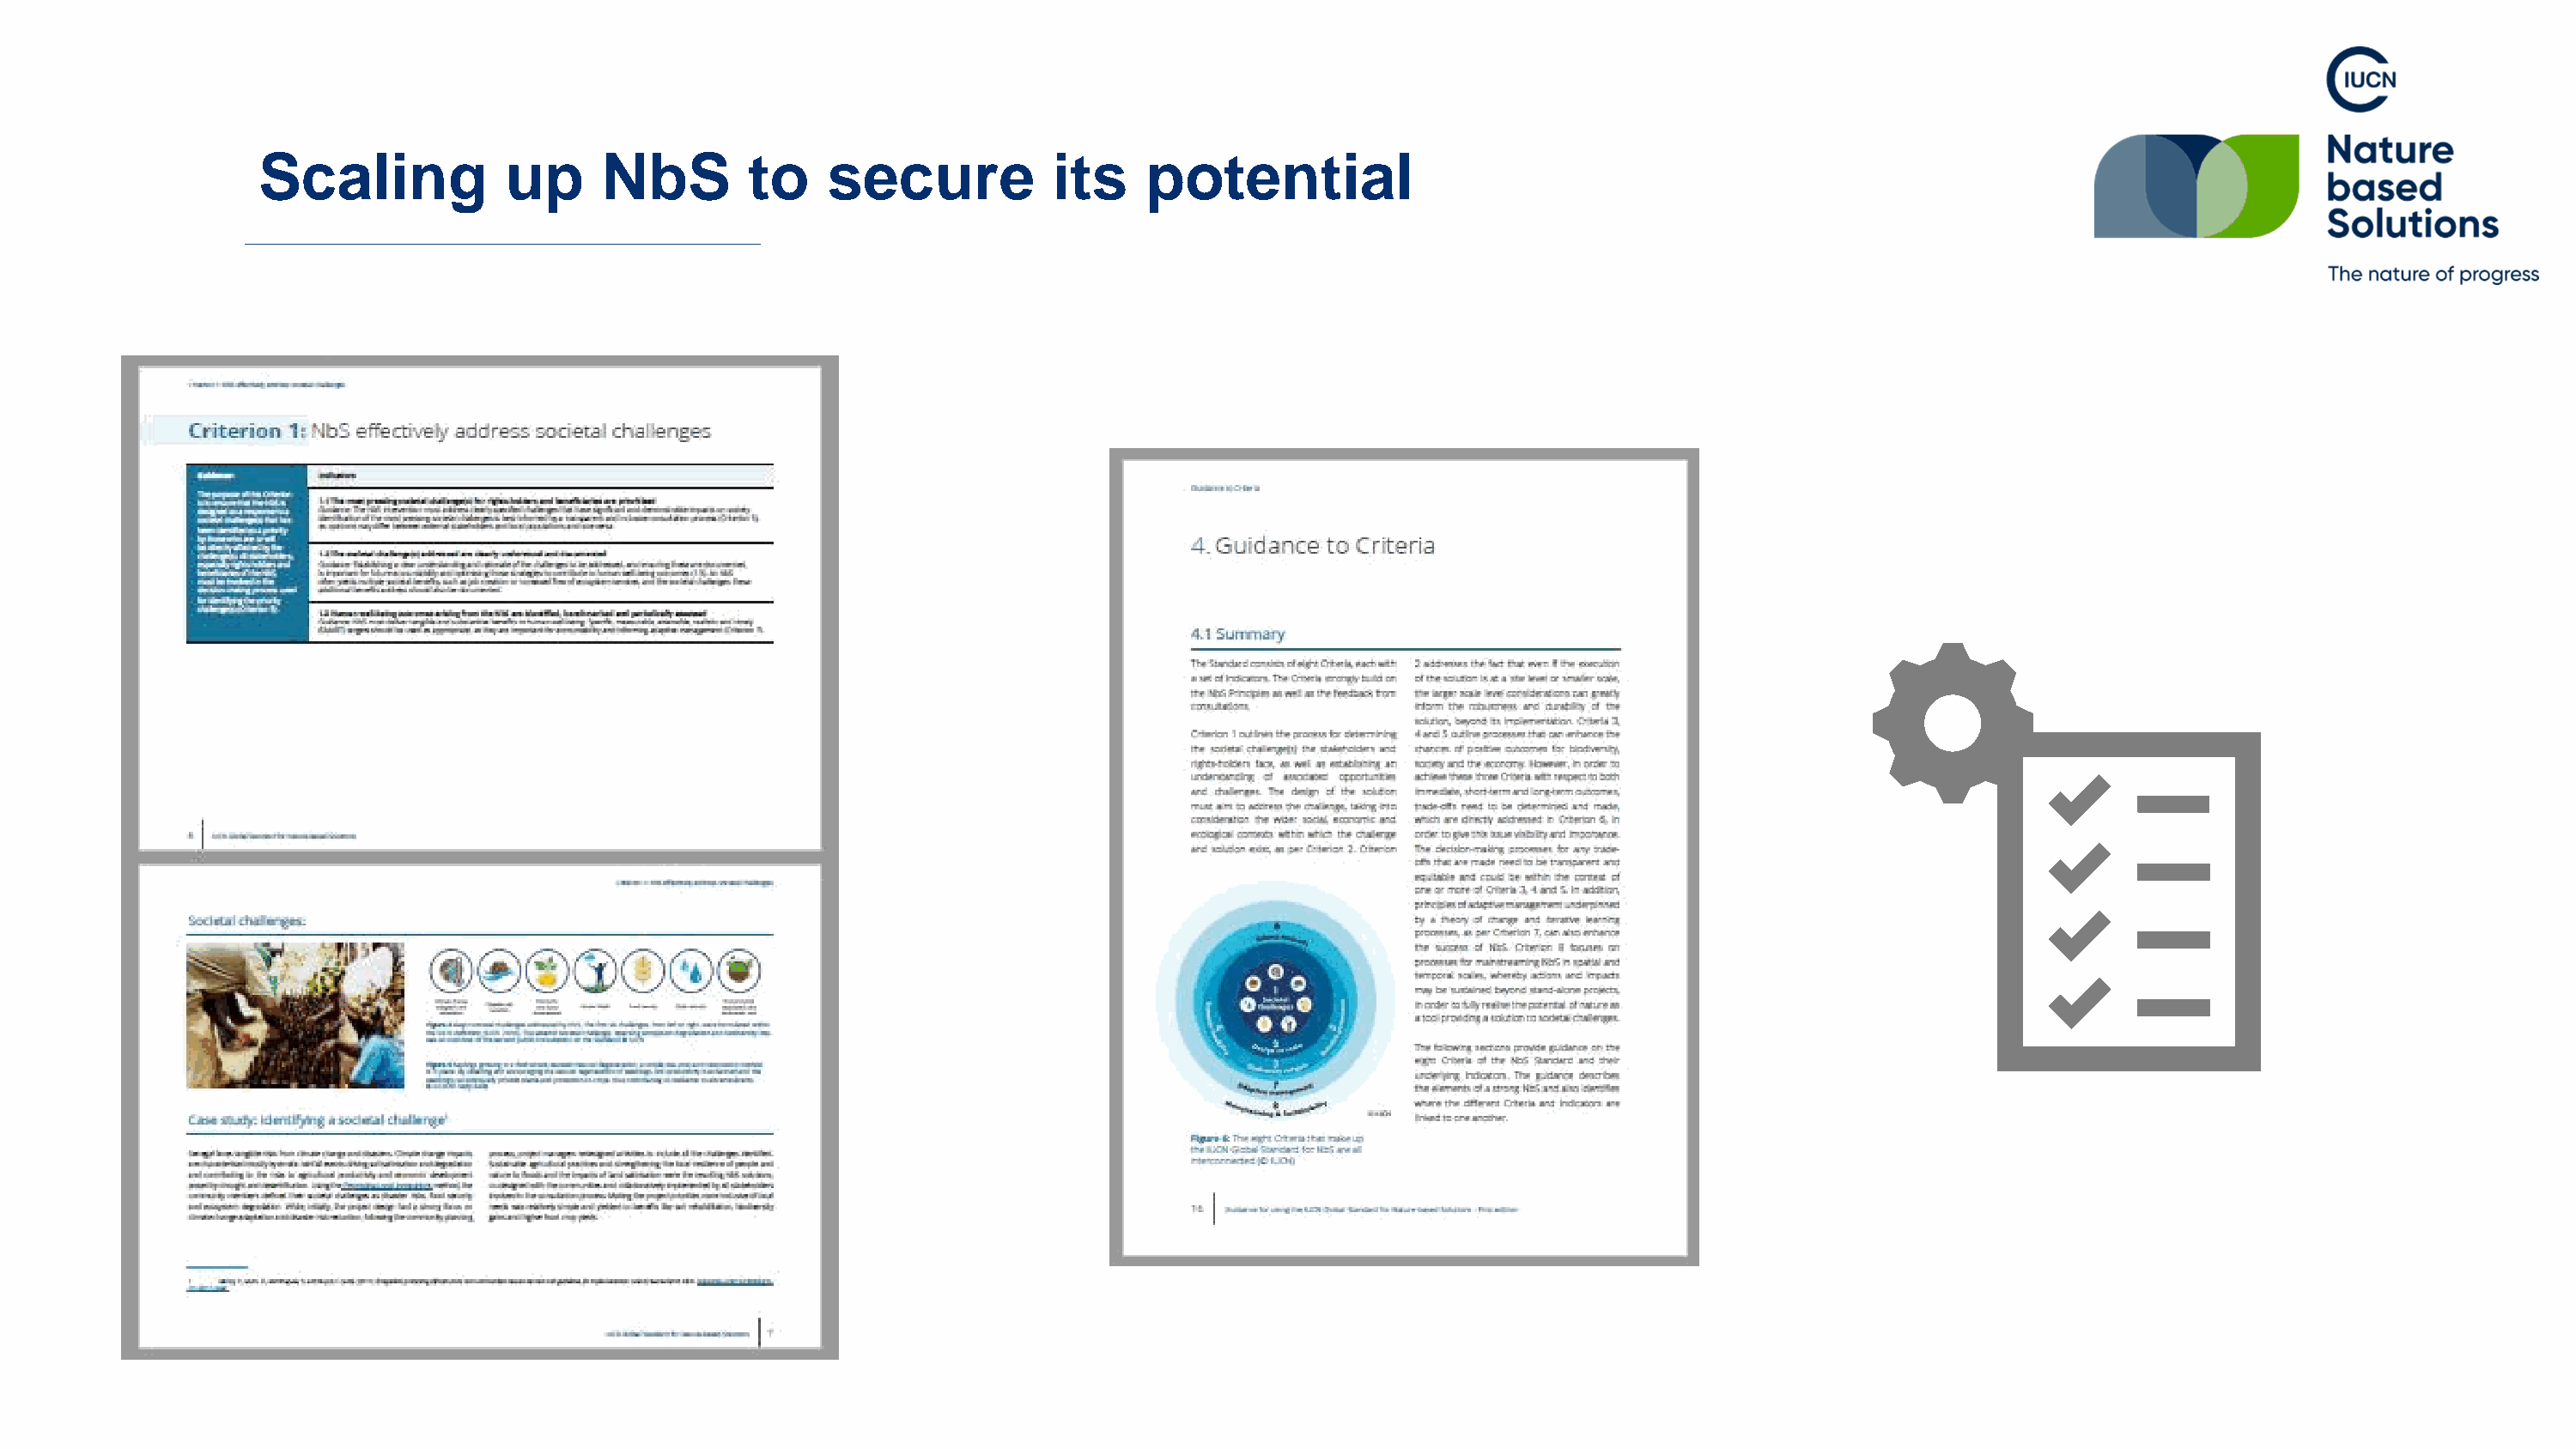
Scaling            up     NbS         to    secure           its    potential